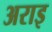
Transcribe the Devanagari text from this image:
अराइ